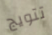
تتويج